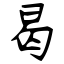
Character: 曷